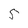
Character: 5